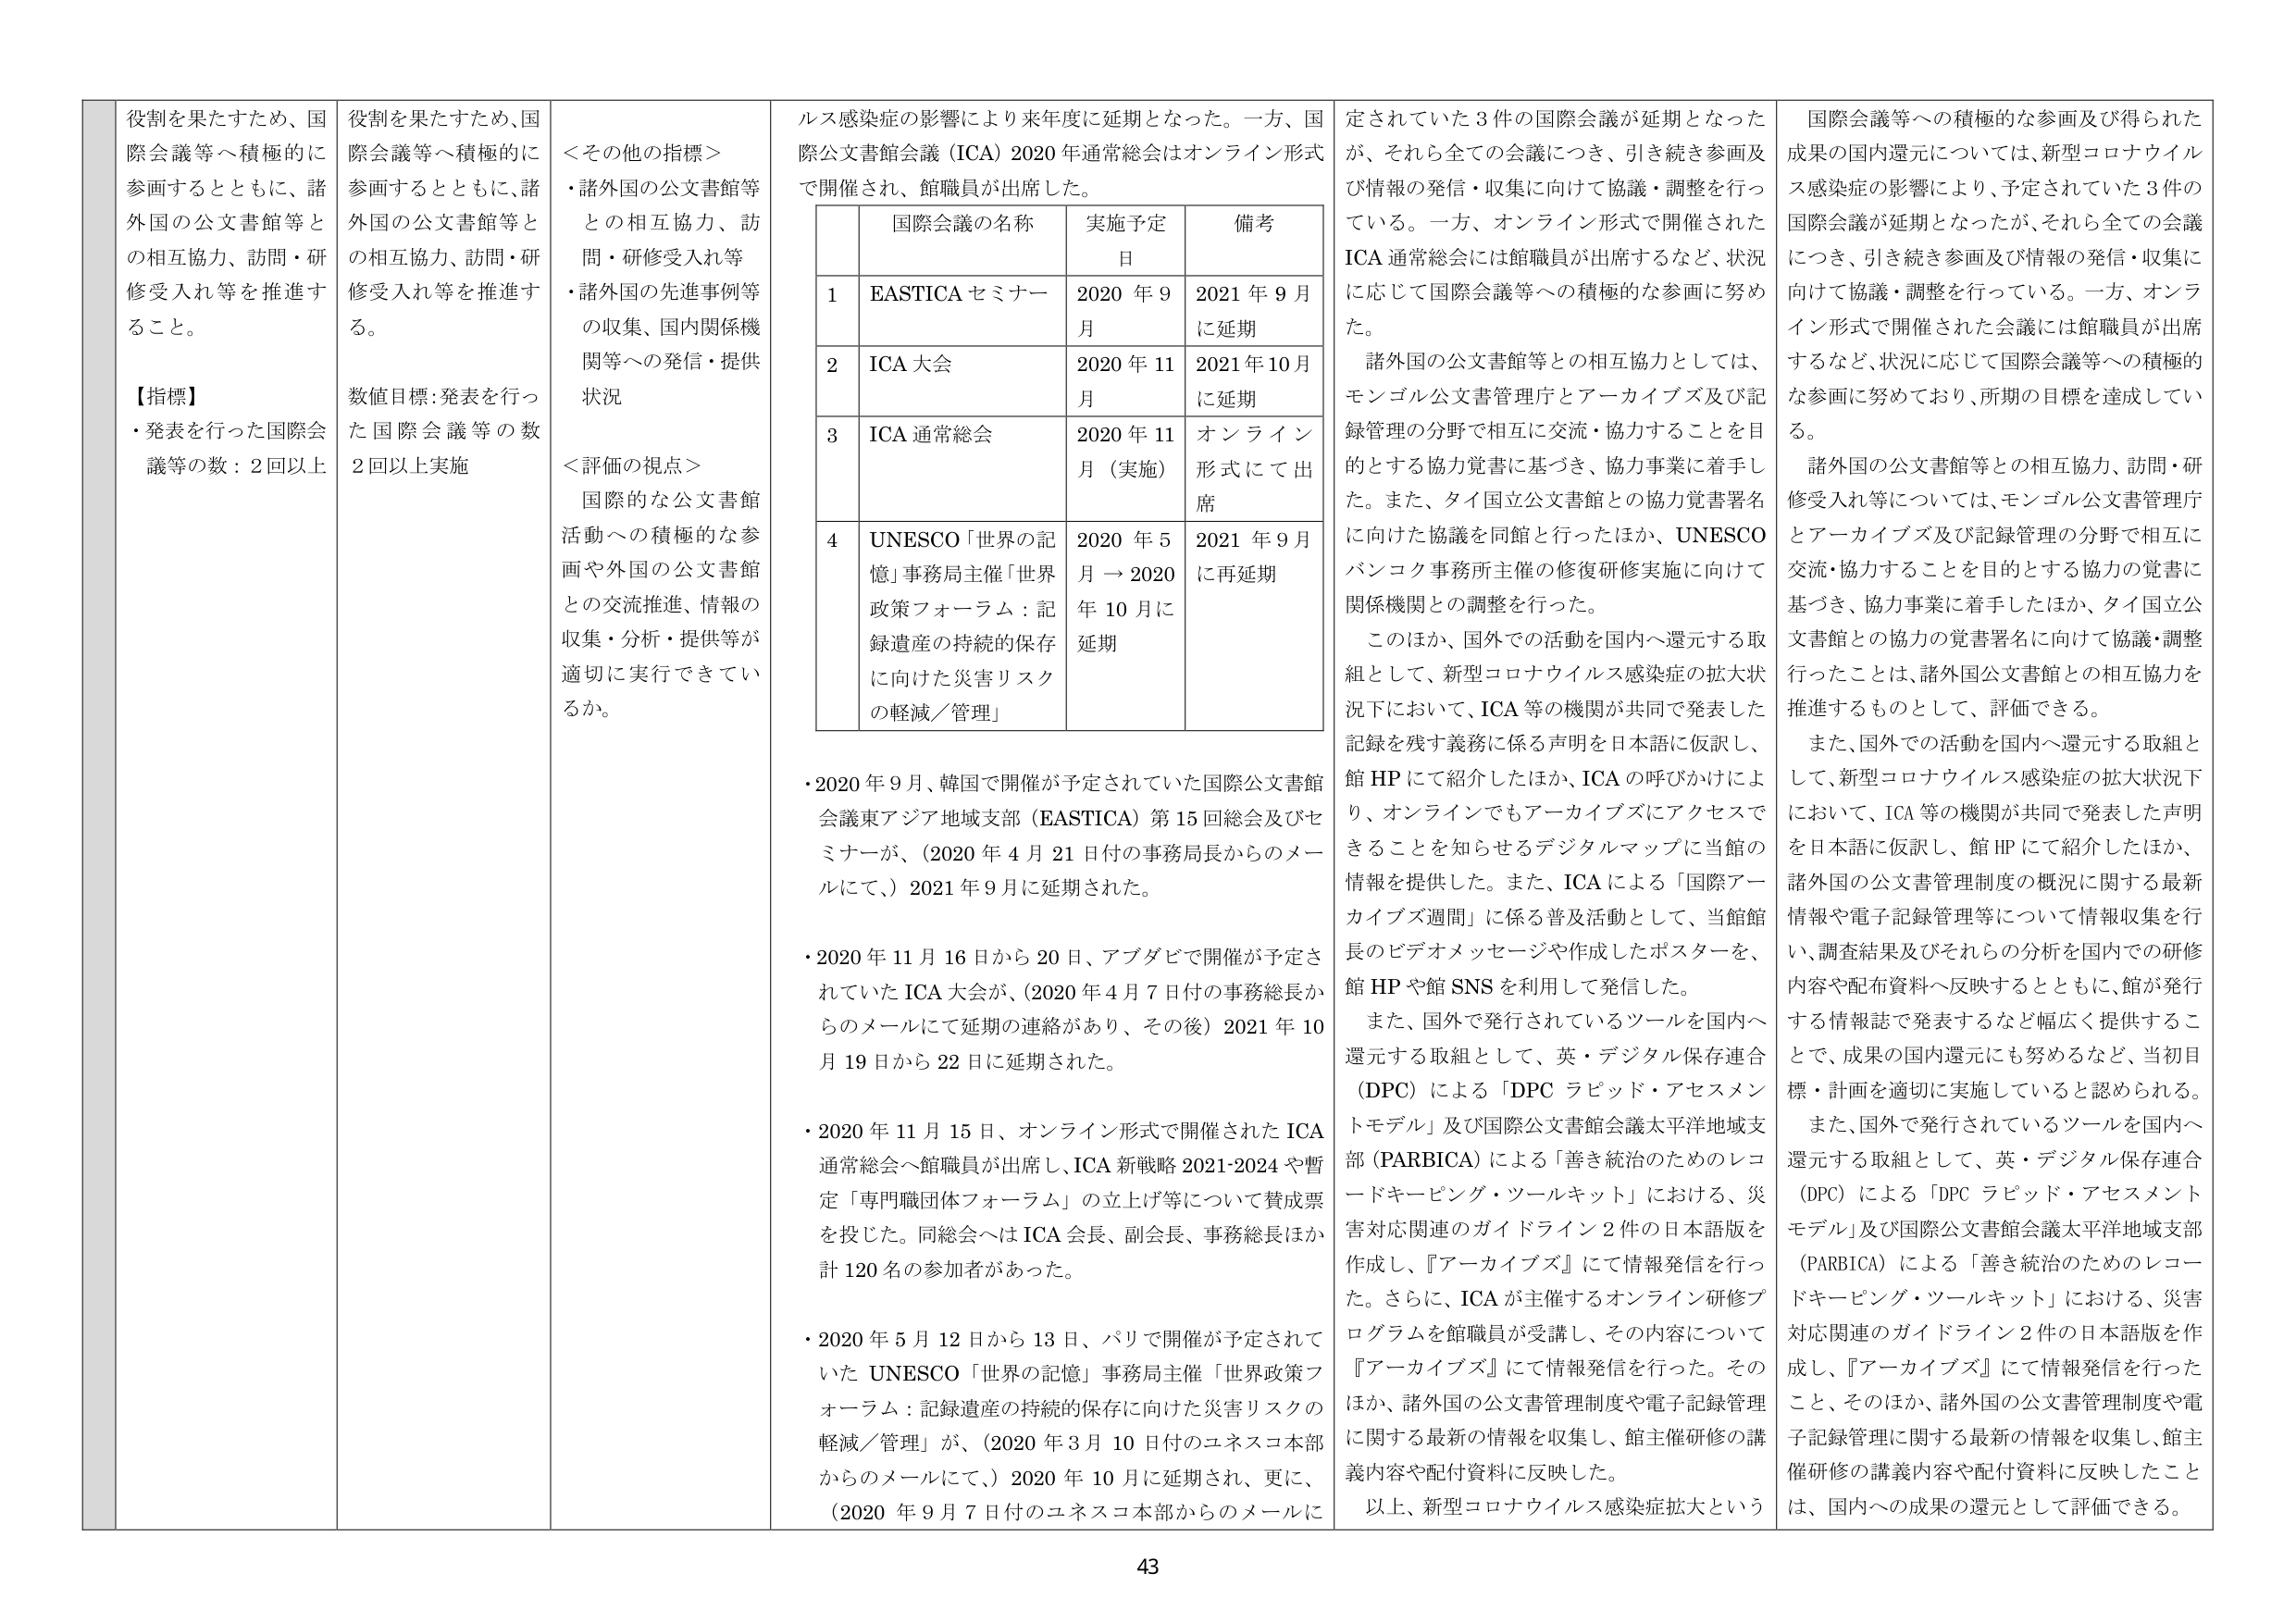
役割を果たすため、国際会議等へ積極的に参画するとともに、諸外国の公文書館等との相互協力、訪問・研修受入れ等を推進すること。

【指標】
・発表を行った国際会議等の数：2回以上

役割を果たすため、国際会議等へ積極的に参画するとともに、諸外国の公文書館等との相互協力、訪問・研修受入れ等を推進する。
数値目標：発表を行った国際会議等の数2回以上実施

＜その他の指標＞
・諸外国の公文書館等との相互協力、訪問・研修受入れ等
・諸外国の先進事例等の収集、国内関係機関等への発信・提供状況

＜評価の視点＞
国際的な公文書館活動への積極的な参画や外国の公文書館との交流推進、情報の収集・分析・提供等が適切に実行できているか。

ルス感染症の影響により来年度に延期となった。一方、国際公文書館会議（ICA）2020年通常総会はオンライン形式で開催され、館職員が出席した。

| | 国際会議の名称 | 実施予定日 | 備考 |
|---|---|---|---|
| 1 | EASTICA セミナー | 2020 年 9月 | 2021 年 9月に延期 |
| 2 | ICA 大会 | 2020 年 11月 | 2021 年 10月に延期 |
| 3 | ICA 通常総会 | 2020 年 11月（実施） | オンライン形式にて出席 |
| 4 | UNESCO「世界の記憶」事務局主催「世界政策フォーラム：記録遺産の持続的保存に向けた災害リスクの軽減／管理」 | 2020 年 5月 → 2020年 10 月に延期 | 2021 年 9月に再延期 |

・2020 年 9 月、韓国で開催が予定されていた国際公文書館会議東アジア地域支部（EASTICA）第 15 回総会及びセミナーが、（2020 年 4 月 21 日付の事務局長からのメールにて、）2021 年 9 月に延期された。

・2020 年 11 月 16 日から 20 日、アブダビで開催が予定されていた ICA 大会が、（2020 年 4 月 7 日付の事務総長からのメールにて延期の連絡があり、その後）2021 年 10 月 19 日から 22 日に延期された。

・2020 年 11 月 15 日、オンライン形式で開催された ICA 通常総会へ館職員が出席し、ICA 新戦略 2021-2024 や暫定「専門職団体フォーラム」の立上げ等について賛成票を投じた。同総会へは ICA 会長、副会長、事務総長ほか計 120 名の参加者があった。

・2020 年 5 月 12 日から 13 日、パリで開催が予定されていた UNESCO「世界の記憶」事務局主催「世界政策フォーラム：記録遺産の持続的保存に向けた災害リスクの軽減／管理」が、（2020 年 3 月 10 日付のユネスコ本部からのメールにて、）2020 年 10 月に延期され、更に、（2020 年 9 月 7 日付のユネスコ本部からのメールに

定されていた 3 件の国際会議が延期となったが、それら全ての会議につき、引き続き参画及び情報の発信・収集に向けて協議・調整を行っている。一方、オンライン形式で開催された ICA 通常総会には館職員が出席するなど、状況に応じて国際会議等への積極的な参画に努めた。

諸外国の公文書館等との相互協力としては、モンゴル公文書管理庁とアーカイブズ及び記録管理の分野で相互に交流・協力することを目的とする協力覚書に基づき、協力事業に着手した。また、タイ国立公文書館との協力覚書署名に向けた協議を同館と行ったほか、UNESCO バンコク事務所主催の修復研修実施に向けて関係機関との調整を行った。

このほか、国外での活動を国内へ還元する取組として、新型コロナウイルス感染症の拡大状況下において、ICA 等の機関が共同で発表した記録を残す義務に係る声明を日本語に仮訳し、館 HP にて紹介したほか、ICA の呼びかけにより、オンラインでもアーカイブズにアクセスできることを知らせるデジタルマップに当館の情報を提供した。また、ICA による「国際アーカイブズ週間」に係る普及活動として、当館館長のビデオメッセージや作成したポスターを、館 HP や館 SNS を利用して発信した。

また、国外で発行されているツールを国内へ還元する取組として、英・デジタル保存連合（DPC）による「DPC ラピッド・アセスメントモデル」及び国際公文書館会議太平洋地域支部（PARBICA）による「善き統治のためのレコードキーピング・ツールキット」における、災害対応関連のガイドライン 2 件の日本語版を作成し、『アーカイブズ』にて情報発信を行った。さらに、ICA が主催するオンライン研修プログラムを館職員が受講し、その内容について『アーカイブズ』にて情報発信を行った。そのほか、諸外国の公文書管理制度や電子記録管理に関する最新の情報を収集し、館主催研修の講義内容や配付資料に反映した。

以上、新型コロナウイルス感染症拡大という

国際会議等への積極的な参画及び得られた成果の国内還元については、新型コロナウイルス感染症の影響により、予定されていた 3 件の国際会議が延期となったが、それら全ての会議につき、引き続き参画及び情報の発信・収集に向けて協議・調整を行っている。一方、オンライン形式で開催された会議には館職員が出席するなど、状況に応じて国際会議等への積極的な参画に努めており、所期の目標を達成している。

諸外国の公文書館等との相互協力、訪問・研修受入れ等については、モンゴル公文書管理庁とアーカイブズ及び記録管理の分野で相互に交流・協力することを目的とする協力の覚書に基づき、協力事業に着手したほか、タイ国立公文書館との協力の覚書署名に向けた協議・調整行ったことは、諸外国公文書館との相互協力を推進するものとして、評価できる。

また、国外での活動を国内へ還元する取組として、新型コロナウイルス感染症の拡大状況下において、ICA 等の機関が共同で発表した声明を日本語に仮訳し、館 HP にて紹介したほか、諸外国の公文書管理制度の概況に関する最新情報や電子記録管理等について情報収集を行い、調査結果及びそれらの分析を国内での研修内容や配布資料へ反映するとともに、館が発行する情報誌で発表するなど幅広く提供することで、成果の国内還元にも努めるなど、当初目標・計画を適切に実施していると認められる。

また、国外で発行されているツールを国内へ還元する取組として、英・デジタル保存連合（DPC）による「DPC ラピッド・アセスメントモデル」及び国際公文書館会議太平洋地域支部（PARBICA）による「善き統治のためのレコードキーピング・ツールキット」における、災害対応関連のガイドライン 2 件の日本語版を作成し、『アーカイブズ』にて情報発信を行ったこと、そのほか、諸外国の公文書管理制度や電子記録管理に関する最新の情報を収集し、館主催研修の講義内容や配付資料に反映したことは、国内への成果の還元として評価できる。

43